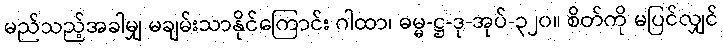
မည်သည့်အခါမျှ မချမ်းသာနိုင်ကြောင်း ဂါထာ၊ ဓမ္မ-ဋ္ဌ-ဒု-အုပ်-၃၂၀။ စိတ်ကို မပြင်လျှင်